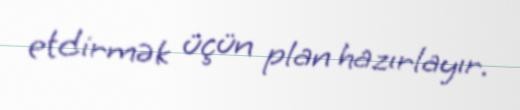
etdirmək üçün plan hazırlayır.